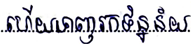
ហើយទាញរកទិន្នន័យ